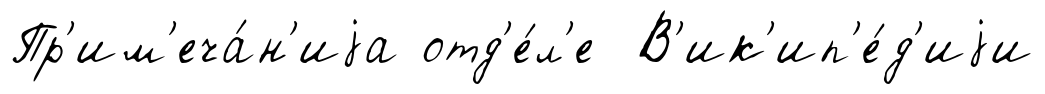
Пр'им'еча́н'иjа отд'е́л'е В'ик'ип'е́д'иjи